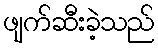
ဖျက်ဆီးခဲ့သည်